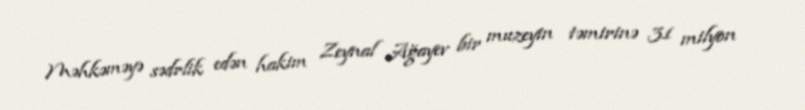
Məhkəməyə sədrlik edən hakim Zeynal Ağayev bir muzeyin təmirinə 31 milyon